Annual report of the Civil Veterinary Department, Bengal, and of the Bengal Veterinary College, for the year 1900-1901 - 1900-1901
Year: 1900
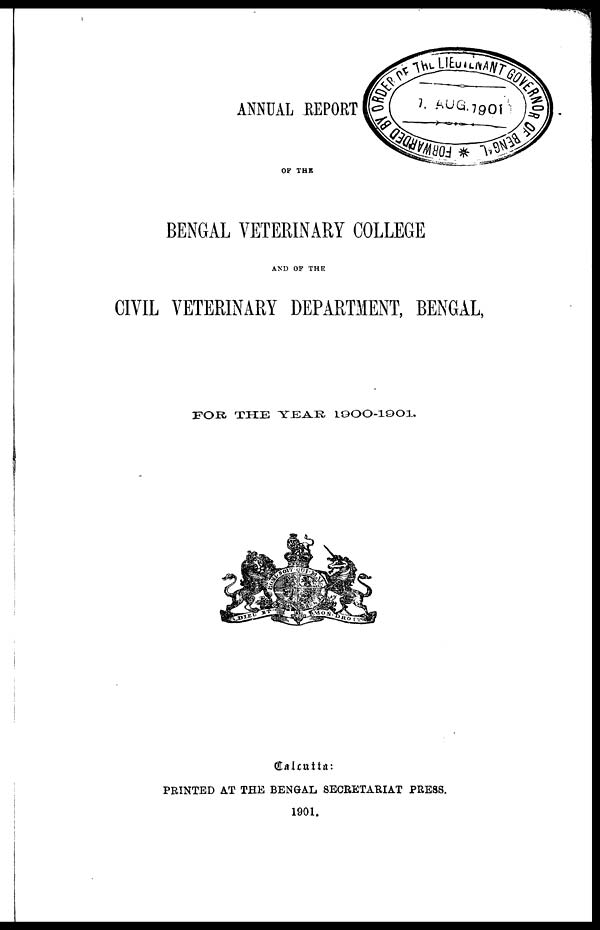
ANNUAL REPORT
OF THE
BENGAL VETERINARY COLLEGE
AND OF THE
CIVIL VETERINARY DEPARTMENT, BENGAL,
FOR, THE YEAR 1900-1901.
Calcutta:
PRINTED AT THE BENGAL SECRETARIAT PRESS.
1901.